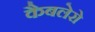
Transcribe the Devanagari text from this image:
कैबलेरो